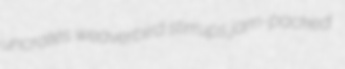
uncrates weaverbird stirrups jam-packed